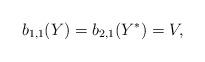
LaTeX: \begin{align*}b_{1,1}(Y)=b_{2,1}(Y^*)=V,\end{align*}